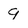
Character: 9